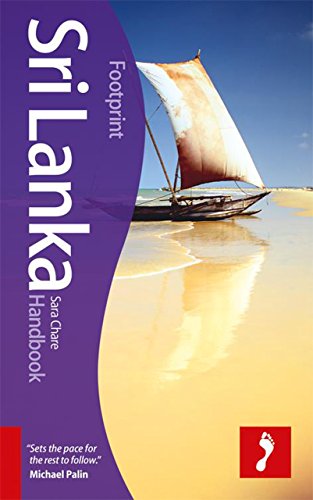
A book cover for Sri Lanka Handbook (Footprint - Handbooks); Sara Chare; Travel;